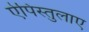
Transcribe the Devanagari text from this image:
ऐपिस्तुलाए